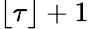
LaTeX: \lfloor\tau\rfloor+1